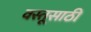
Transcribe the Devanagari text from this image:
वस्तूसाठी